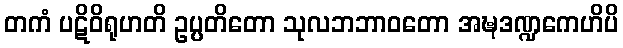
တကံ ပဋိဝိရုဟတိ ဥပ္ပတိတော သုလဘဘာဝတော အဍ္ဎဒဏ္ဍကေဟိပိ